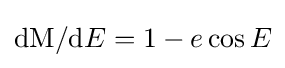
\mathrm {dM} /\mathrm {d} E=1-e\cos E